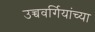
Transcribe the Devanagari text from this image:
उच्चवर्गियांच्या